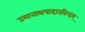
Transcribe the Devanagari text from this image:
उमानाथपादारविन्दम्